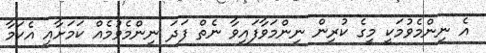
އެ ނިންމެވުމަކީ މީގެ ކުރިން ނިންމަވާފައިވާ ނެތް ފަދަ ނިންމެވުމެއް ކަމަށާއި އެކަމާ